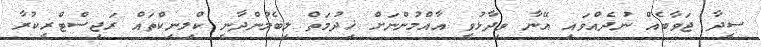
ސީދާ ޖަވާބެއް ނުދެއްވައި އޭނާ ވިދާޅުވީ އާއްމުންނަށް ޚިދުމަތް ލިބެމުންދާނީ ކްލިނިކްތައް ރަޖިސްޓްރީކުރާ